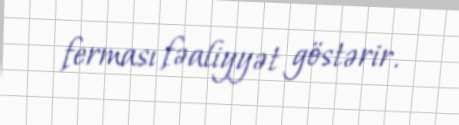
ferması fəaliyyət göstərir.